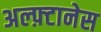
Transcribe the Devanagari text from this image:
अल्फ़्टानेस